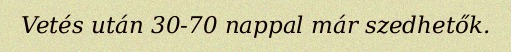
Vetés után 30-70 nappal már szedhetők.